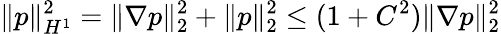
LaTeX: \| p\| _{H^{1}}^{2}=\| \nabla p\| _{2}^{2}+\| p\| _{2}^{2}\leq(1+C^{2})\| \nabla p\| _{2}^{2}